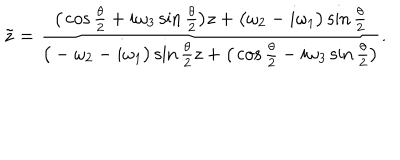
LaTeX: { \tilde { z } } = \frac { \big ( \cos \frac { \theta } { 2 } + i \omega _ { 3 } \sin \frac { \theta } { 2 } \big ) z + \big ( \omega _ { 2 } - i \omega _ { 1 } \big ) \sin \frac { \theta } { 2 } } { \big ( - \omega _ { 2 } - i \omega _ { 1 } \big ) \sin \frac { \theta } { 2 } z + \big ( \cos \frac { \theta } { 2 } - i \omega _ { 3 } \sin \frac { \theta } { 2 } \big ) } .